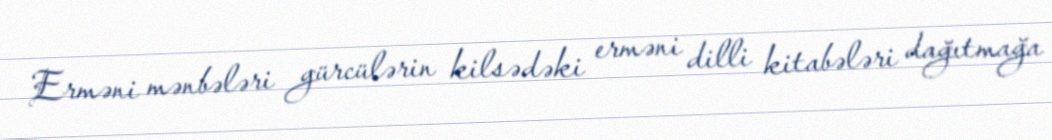
Erməni mənbələri gürcülərin kilsədəki erməni dilli kitabələri dağıtmağa